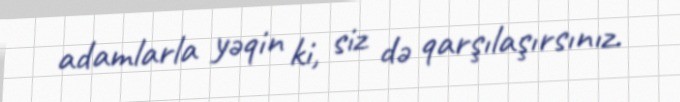
adamlarla yəqin ki, siz də qarşılaşırsınız.